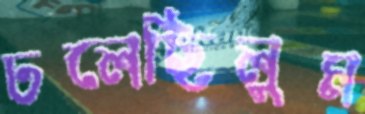
ঢলেছিলুম